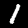
Digit: 1